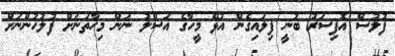
ފުލުސް އޮފިސަރު ބުނީ ފިލައިގެން އުޅޭ މީހާގެ އަސްލު ނަން މިހާތަނަށް ފުލުހުންނަށް